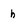
Character: h